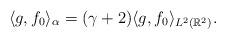
LaTeX: \begin{align*}\langle g,f_0 \rangle_{\alpha} = (\gamma+2) \langle g, f_0 \rangle_{L^2 (\mathbb{R}^2)}.\end{align*}